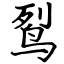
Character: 䴕